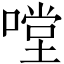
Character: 嘡